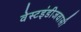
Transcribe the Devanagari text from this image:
वेस्टइंडीजवासी